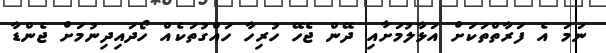
ނަމަ އެ ފަރާތްތަކަށް އަޅާލުމަށާއި ދޭން ޖެހޭ ހުރިހާ ހައްގުތަކެއް ހޯދައިދިނުމަށް ޖެންޑާ